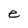
Character: e